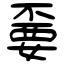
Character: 嫑